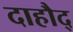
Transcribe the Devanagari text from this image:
दाहौद्